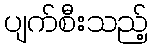
ပျက်စီးသည့်